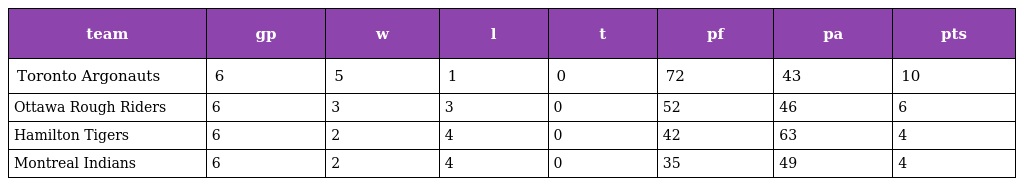
| team | gp | w | l | t | pf | pa | pts |
 | --- | --- | --- | --- | --- | --- | --- | --- |
 | Toronto Argonauts | 6 | 5 | 1 | 0 | 72 | 43 | 10 |
 | Ottawa Rough Riders | 6 | 3 | 3 | 0 | 52 | 46 | 6 |
 | Hamilton Tigers | 6 | 2 | 4 | 0 | 42 | 63 | 4 |
 | Montreal Indians | 6 | 2 | 4 | 0 | 35 | 49 | 4 |